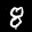
Label: 8